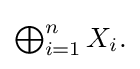
{\textstyle \bigoplus _{i=1}^{n}X_{i}.}